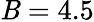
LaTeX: \mathit{B}=4.5